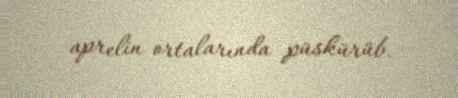
aprelin ortalarında püskürüb.